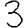
Digit: 3